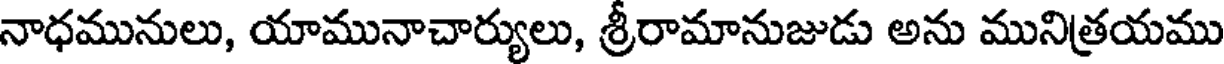
నాధమునులు, యామునాచార్యులు, శ్రీరామానుజుడు అను మునిత్రయము